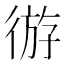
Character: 𫹛